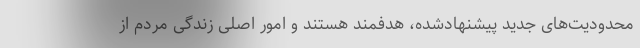
محدودیت‌های جدید پیشنهادشده، هدفمند هستند و امور اصلی زندگی مردم از